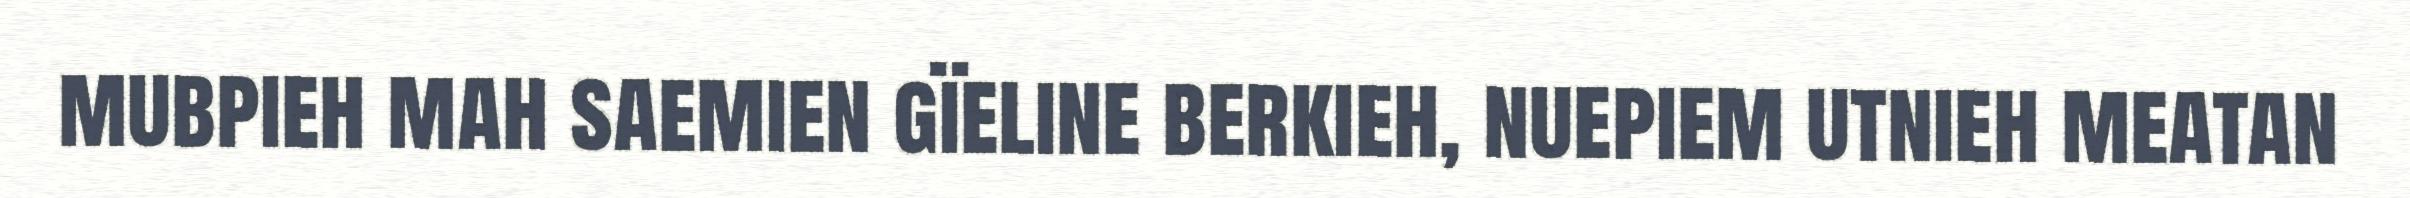
mubpieh mah saemien gïeline berkieh, nuepiem utnieh meatan